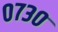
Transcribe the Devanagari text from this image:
०७३०